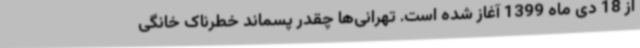
از 18 دی ماه 1399 آغاز شده است. تهرانی‌ها چقدر پسماند خطرناک خانگی